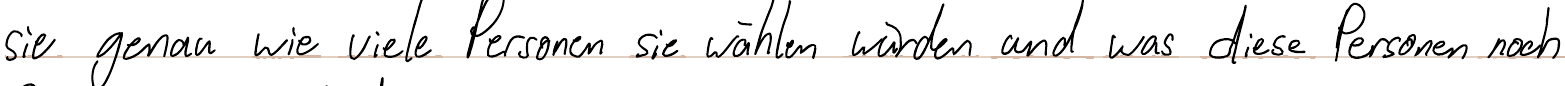
sie genau wie viele Personen sie wählen würden und was diese Personen noch